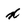
Character: x